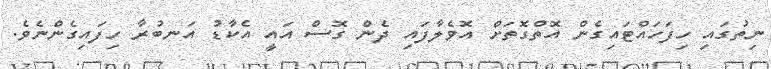
ނިތުގައި ހިފަހައްޓައިގެން އޮތްގޮތަށް އޮވެލާފައި ދެން ގޮސް އައީ އެކާޑު އަނބުރާ ހިފައިގެންނެވެ.